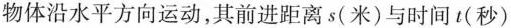
物体沿水平方向运动，其前进距离s(米)与时间t(秒)